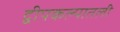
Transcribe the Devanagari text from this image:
द्वीपकल्पातली